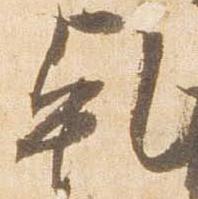
乾